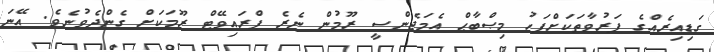
ގަޑިއިރެއްގެ ފަރުވާތަކަށްފަހު މިޞްބާޙް އެމަޖެންސީ ރޫމުން ނެރެ ޕްރައިވޭޓް ރޫމަކަށް ގެންދެވުނެވެ. އޭނަ